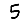
Digit: 5